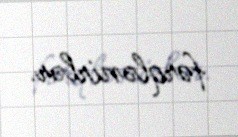
fərqlənirlər.